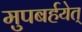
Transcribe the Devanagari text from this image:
मुपबर्हयेत्